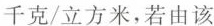
千克/立方米，若由该